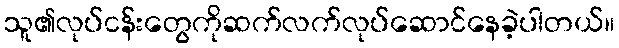
သူ၏လုပ်ငန်းတွေကိုဆက်လက်လုပ်ဆောင်နေခဲ့ပါတယ်။